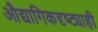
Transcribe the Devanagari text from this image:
औद्यागिकदृष्ट्याही